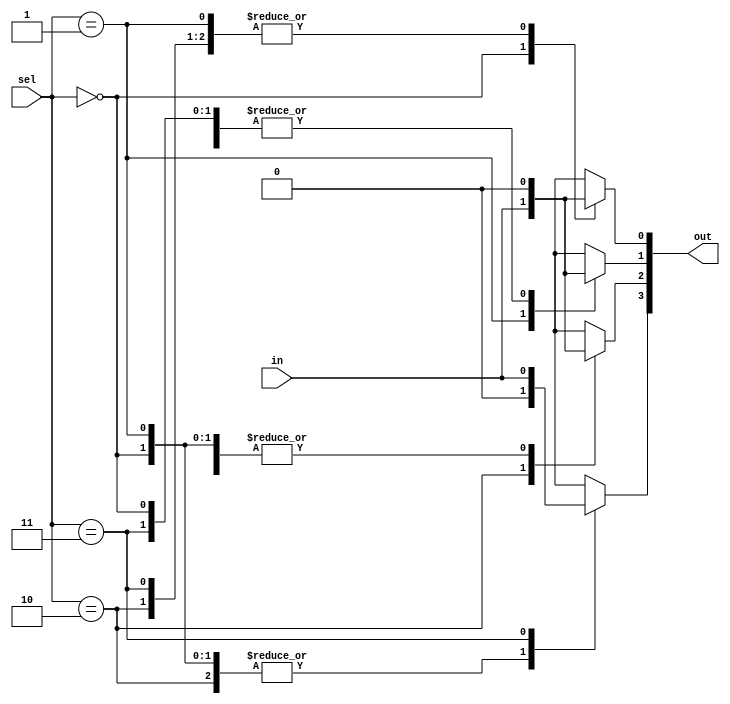
module Demux(in,sel,out);

input in;
input [1:0] sel;

output [3:0] out;
reg [3:0] out;

always@(in,sel)
 begin
   case(sel)
     2'b00:begin 
            out[0]=in;
            out[1]=1'b0;
            out[2]=1'b0;
            out[3]=1'b0;
           end

     2'b01:begin 
            out[0]=1'b0;
            out[1]=in;
            out[2]=1'b0;
            out[3]=1'b0;
           end

     2'b10:begin 
            out[0]=1'b0;
            out[1]=1'b0;
            out[2]=in;
            out[3]=1'b0;
           end
      2'b11:begin 
            out[0]=1'b0;
            out[1]=1'b0;
            out[2]=1'b0;
            out[3]=in;
           end
      default: out=4'b0000;

   endcase
 end



endmodule

module tb_Demux();

reg in;
reg [1:0] sel;

wire [3:0] out;

Demux Dm(
       .in(in),
       .sel(sel),
       .out(out)
);


initial 
   begin
    #10 sel=2'b00;in=1'b0;
    #10 sel=2'b00;in=1'b1;
    #10 sel=2'b01;in=1'b0;
    #10 sel=2'b01;in=1'b1;
    #10 sel=2'b10;in=1'b0;
    #10 sel=2'b10;in=1'b1;
    #10 sel=2'b11;in=1'b0;
    #10 sel=2'b11;in=1'b1;
   end







endmodule